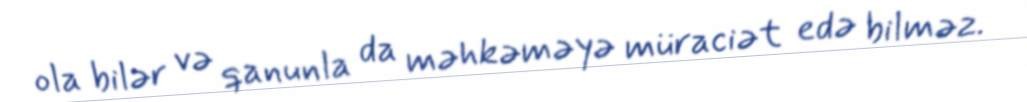
ola bilər və qanunla da məhkəməyə müraciət edə bilməz.